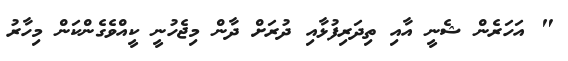
" އަހަރެން ޝެނީ އާއި ތިދަރިފުޅާއި ދުރަށް ދާން މިޖެހުނީ ކީއްވެގެންކަން މިހާރު